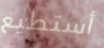
أستطيع